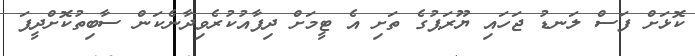
ކޮޅަށް ފަސް ލަނޑު ޖަހައި ޔޫރަޕުގެ ތަށި އެ ޓީމަށް ދިފާއުކުރެވިދާނެކަން ސާބިތުކޮށްދީފަ